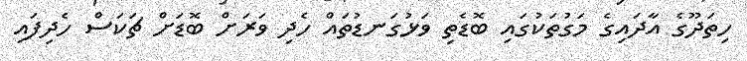
ހިތަދޫގެ އާދައިގެ މަގުތަކުގައި ބޮޑެތި ވަޅުގަނޑުތައް ހެދި ވަރަށް ބޮޑަށް ޗަކަސް ހެދިފައި